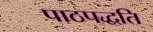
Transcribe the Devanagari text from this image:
पाठपद्धति